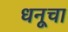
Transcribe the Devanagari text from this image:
धनूचा